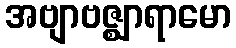
အဗျာဗဇ္ဈာရာမော